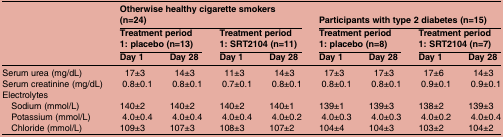
<table><thead><tr><td><b> </b></td><td colspan="4"><b>Otherwise healthy cigarette smokers (n=24)</b></td><td colspan="4"><b>Participants with type 2 diabetes (n=15)</b></td></tr><tr><td></td><td colspan="2"><b>Treatment period 1: placebo (n=13)</b></td><td colspan="2"><b>Treatment period 1: SRT2104 (n=11)</b></td><td colspan="2"><b>Treatment period 1: placebo (n=8)</b></td><td colspan="2"><b>Treatment period 1: SRT2104 (n=7)</b></td></tr><tr><td></td><td><b>Day 1</b></td><td><b>Day 28</b></td><td><b>Day 1</b></td><td><b>Day 28</b></td><td><b>Day 1</b></td><td><b>Day 28</b></td><td><b>Day 1</b></td><td><b>Day 28</b></td></tr></thead><tbody><tr><td>Serum urea (mg/dL)</td><td>17±3</td><td>14±3</td><td>11±3</td><td>14±3</td><td>17±3</td><td>17±3</td><td>17±6</td><td>14±3</td></tr><tr><td>Serum creatinine (mg/dL)</td><td>0.8±0.1</td><td>0.8±0.1</td><td>0.7±0.1</td><td>0.8±0.1</td><td>0.8±0.1</td><td>0.8±0.1</td><td>0.9±0.1</td><td>0.9±0.1</td></tr><tr><td colspan="9">Electrolytes</td></tr><tr><td> Sodium (mmol/L)</td><td>140±2</td><td>140±2</td><td>140±2</td><td>140±1</td><td>139±1</td><td>139±3</td><td>138±2</td><td>139±3</td></tr><tr><td> Potassium (mmol/L)</td><td>4.0±0.4</td><td>4.0±0.4</td><td>4.0±0.4</td><td>4.0±0.2</td><td>4.0±0.3</td><td>4.0±0.3</td><td>4.0±0.2</td><td>4.0±0.4</td></tr><tr><td> Chloride (mmol/L)</td><td>109±3</td><td>107±3</td><td>108±3</td><td>107±2</td><td>104±4</td><td>104±3</td><td>103±2</td><td>104±2</td></tr></tbody></table>